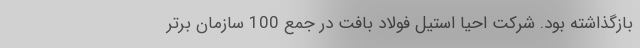
بازگذاشته بود. شرکت احیا استیل فولاد بافت در جمع 100 سازمان برتر